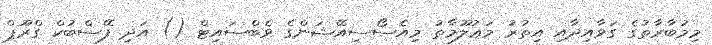
މިމުބާރާތުގެ ގަވާއިދާއި އިތުރު މަޢުލޫމާތު މިއެސޯސިއޭޝަންގެ ވެބްސައިޓް () އަދި ފޭސްބުކް ގްރޫޕް